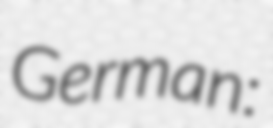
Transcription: German: